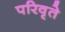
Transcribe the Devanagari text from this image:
परिवृते